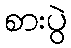
စားပွဲ